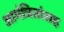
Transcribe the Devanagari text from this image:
आमंत्रितांसह